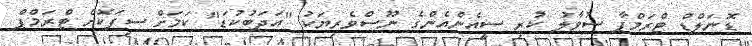
ޑޮނަލްޑް ޓްރަމްޕާ ސުވާލު ކުރި ސީއެންއެންގެ ނޫސްވެރިޔަކު "އަދަބުކުޑަ" ކަމަށް ސިފަކޮށް ޓްރަމްޕް